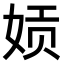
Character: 𫝪